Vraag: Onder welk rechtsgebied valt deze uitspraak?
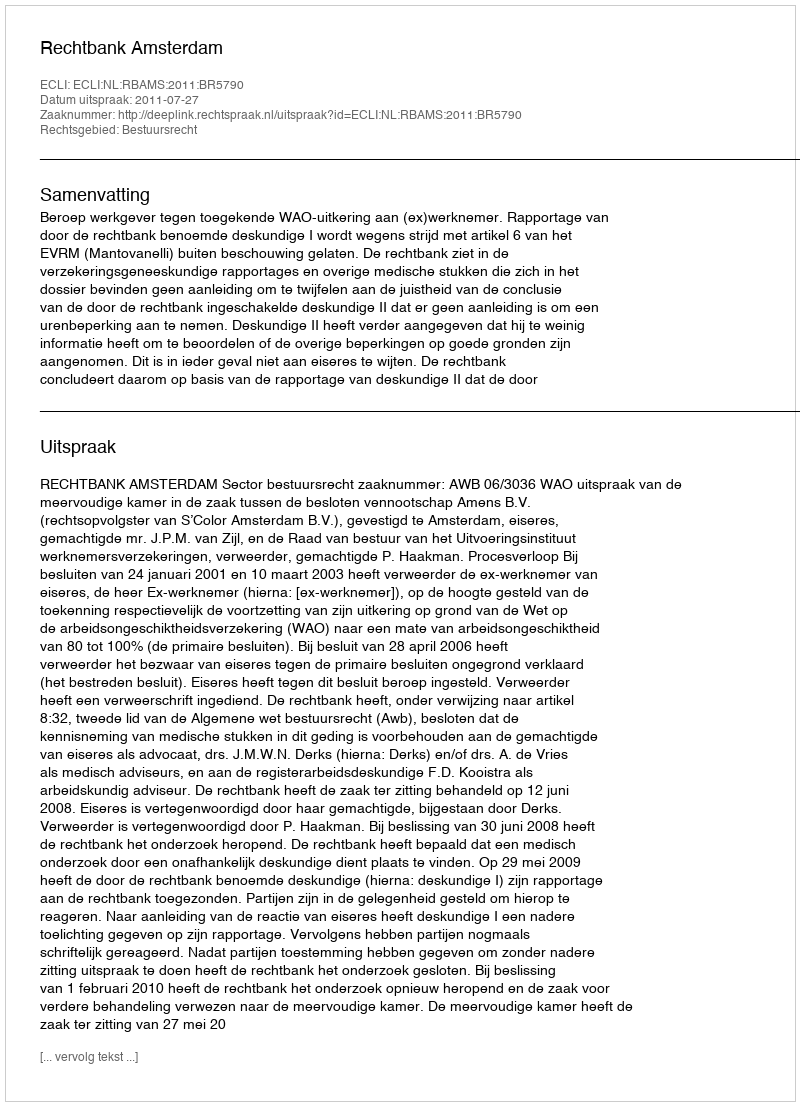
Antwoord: Bestuursrecht